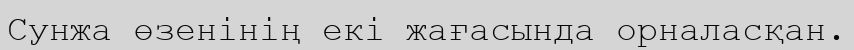
Сунжа өзенінің екі жағасында орналасқан.